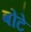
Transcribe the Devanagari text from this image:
बोंटे